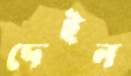
দেইন